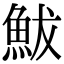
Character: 鮁